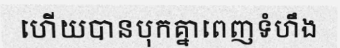
ហើយបានបុកគ្នាពេញទំហឹង